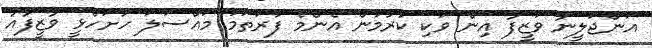
އަންޖަލީނާ ވަޒީފާ އިން ވަކި ކުރުމުން އެންމެ ފުރަތަމަ މައްސަލަ ހުށަހެޅީ ވާޒީފާއާ